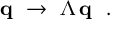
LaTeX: { \bf q } ~ \rightarrow ~ \Lambda \, { \bf q } ~ ~ .